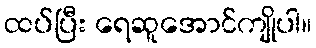
ထပ်ပြီး ရေဆူအောင်ကျိုပါ။